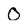
Character: 0